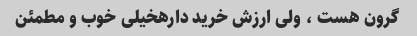
گرون هست ، ولی ارزش خرید دارهخیلی خوب و مطمئن